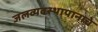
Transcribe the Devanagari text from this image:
जलव्यवस्थापानाचे